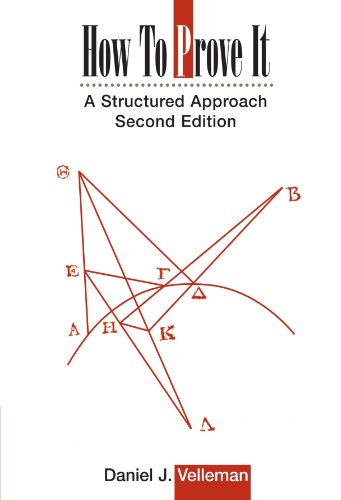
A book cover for How to Prove It: A Structured Approach, 2nd Edition; Daniel J. Velleman; Science & Math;